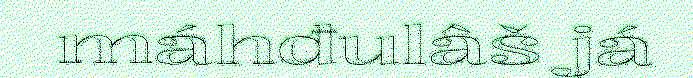
máhđulâš já